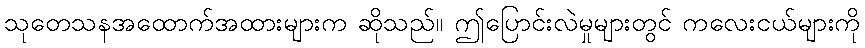
သုတေသနအထောက်အထားများက ဆိုသည်။ ဤပြောင်းလဲမှုများတွင် ကလေးငယ်များကို